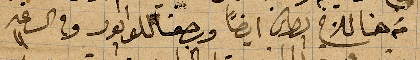
من هنا للاخ بطرس ايضاً ورجعنا للوابور وفي الساعة ١١